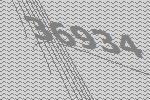
36934